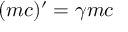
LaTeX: ( m c ) ^ { \prime } = \gamma m c